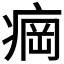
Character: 𬏲